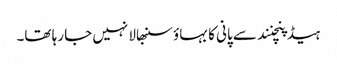
ہیڈ پنچنند سے پانی کا بہاؤ سنبھالا نہیں جا رہا تھا۔